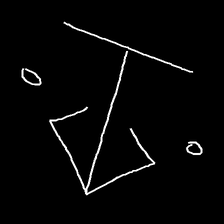
Glyph: earth